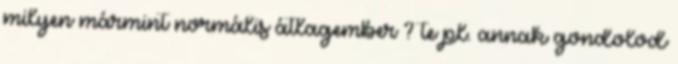
milyen mármint normális átlagember ? te pl. annak gondolod